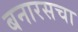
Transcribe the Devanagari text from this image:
बनारसचा